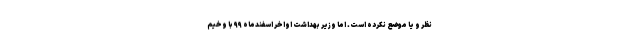
نظر و یا موضع نکرده است. اما وزیر بهداشت اواخر اسفندماه ۹۹ با وخیم